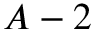
A - 2